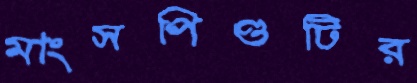
মাংসপিণ্ডটির